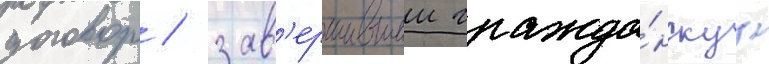
договор / зав'ершившии гражда́нскуу